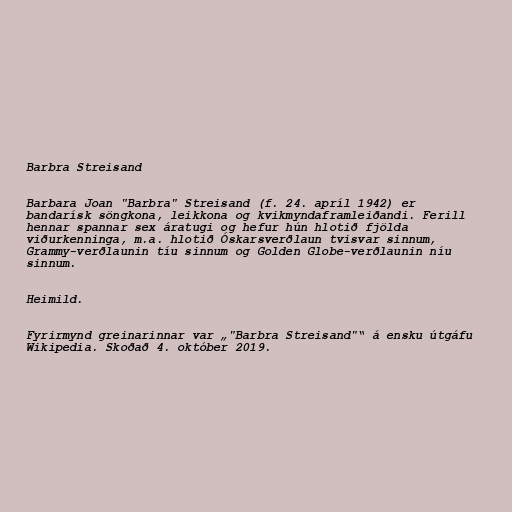
Barbra Streisand

Barbara Joan "Barbra" Streisand (f. 24. apríl 1942) er
bandarísk söngkona, leikkona og kvikmyndaframleiðandi. Ferill
hennar spannar sex áratugi og hefur hún hlotið fjölda
viðurkenninga, m.a. hlotið Óskarsverðlaun tvisvar sinnum,
Grammy-verðlaunin tíu sinnum og Golden Globe-verðlaunin níu
sinnum.

Heimild.

Fyrirmynd greinarinnar var „"Barbra Streisand"“ á ensku útgáfu
Wikipedia. Skoðað 4. október 2019.